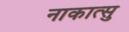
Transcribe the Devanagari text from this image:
नाकात्सु